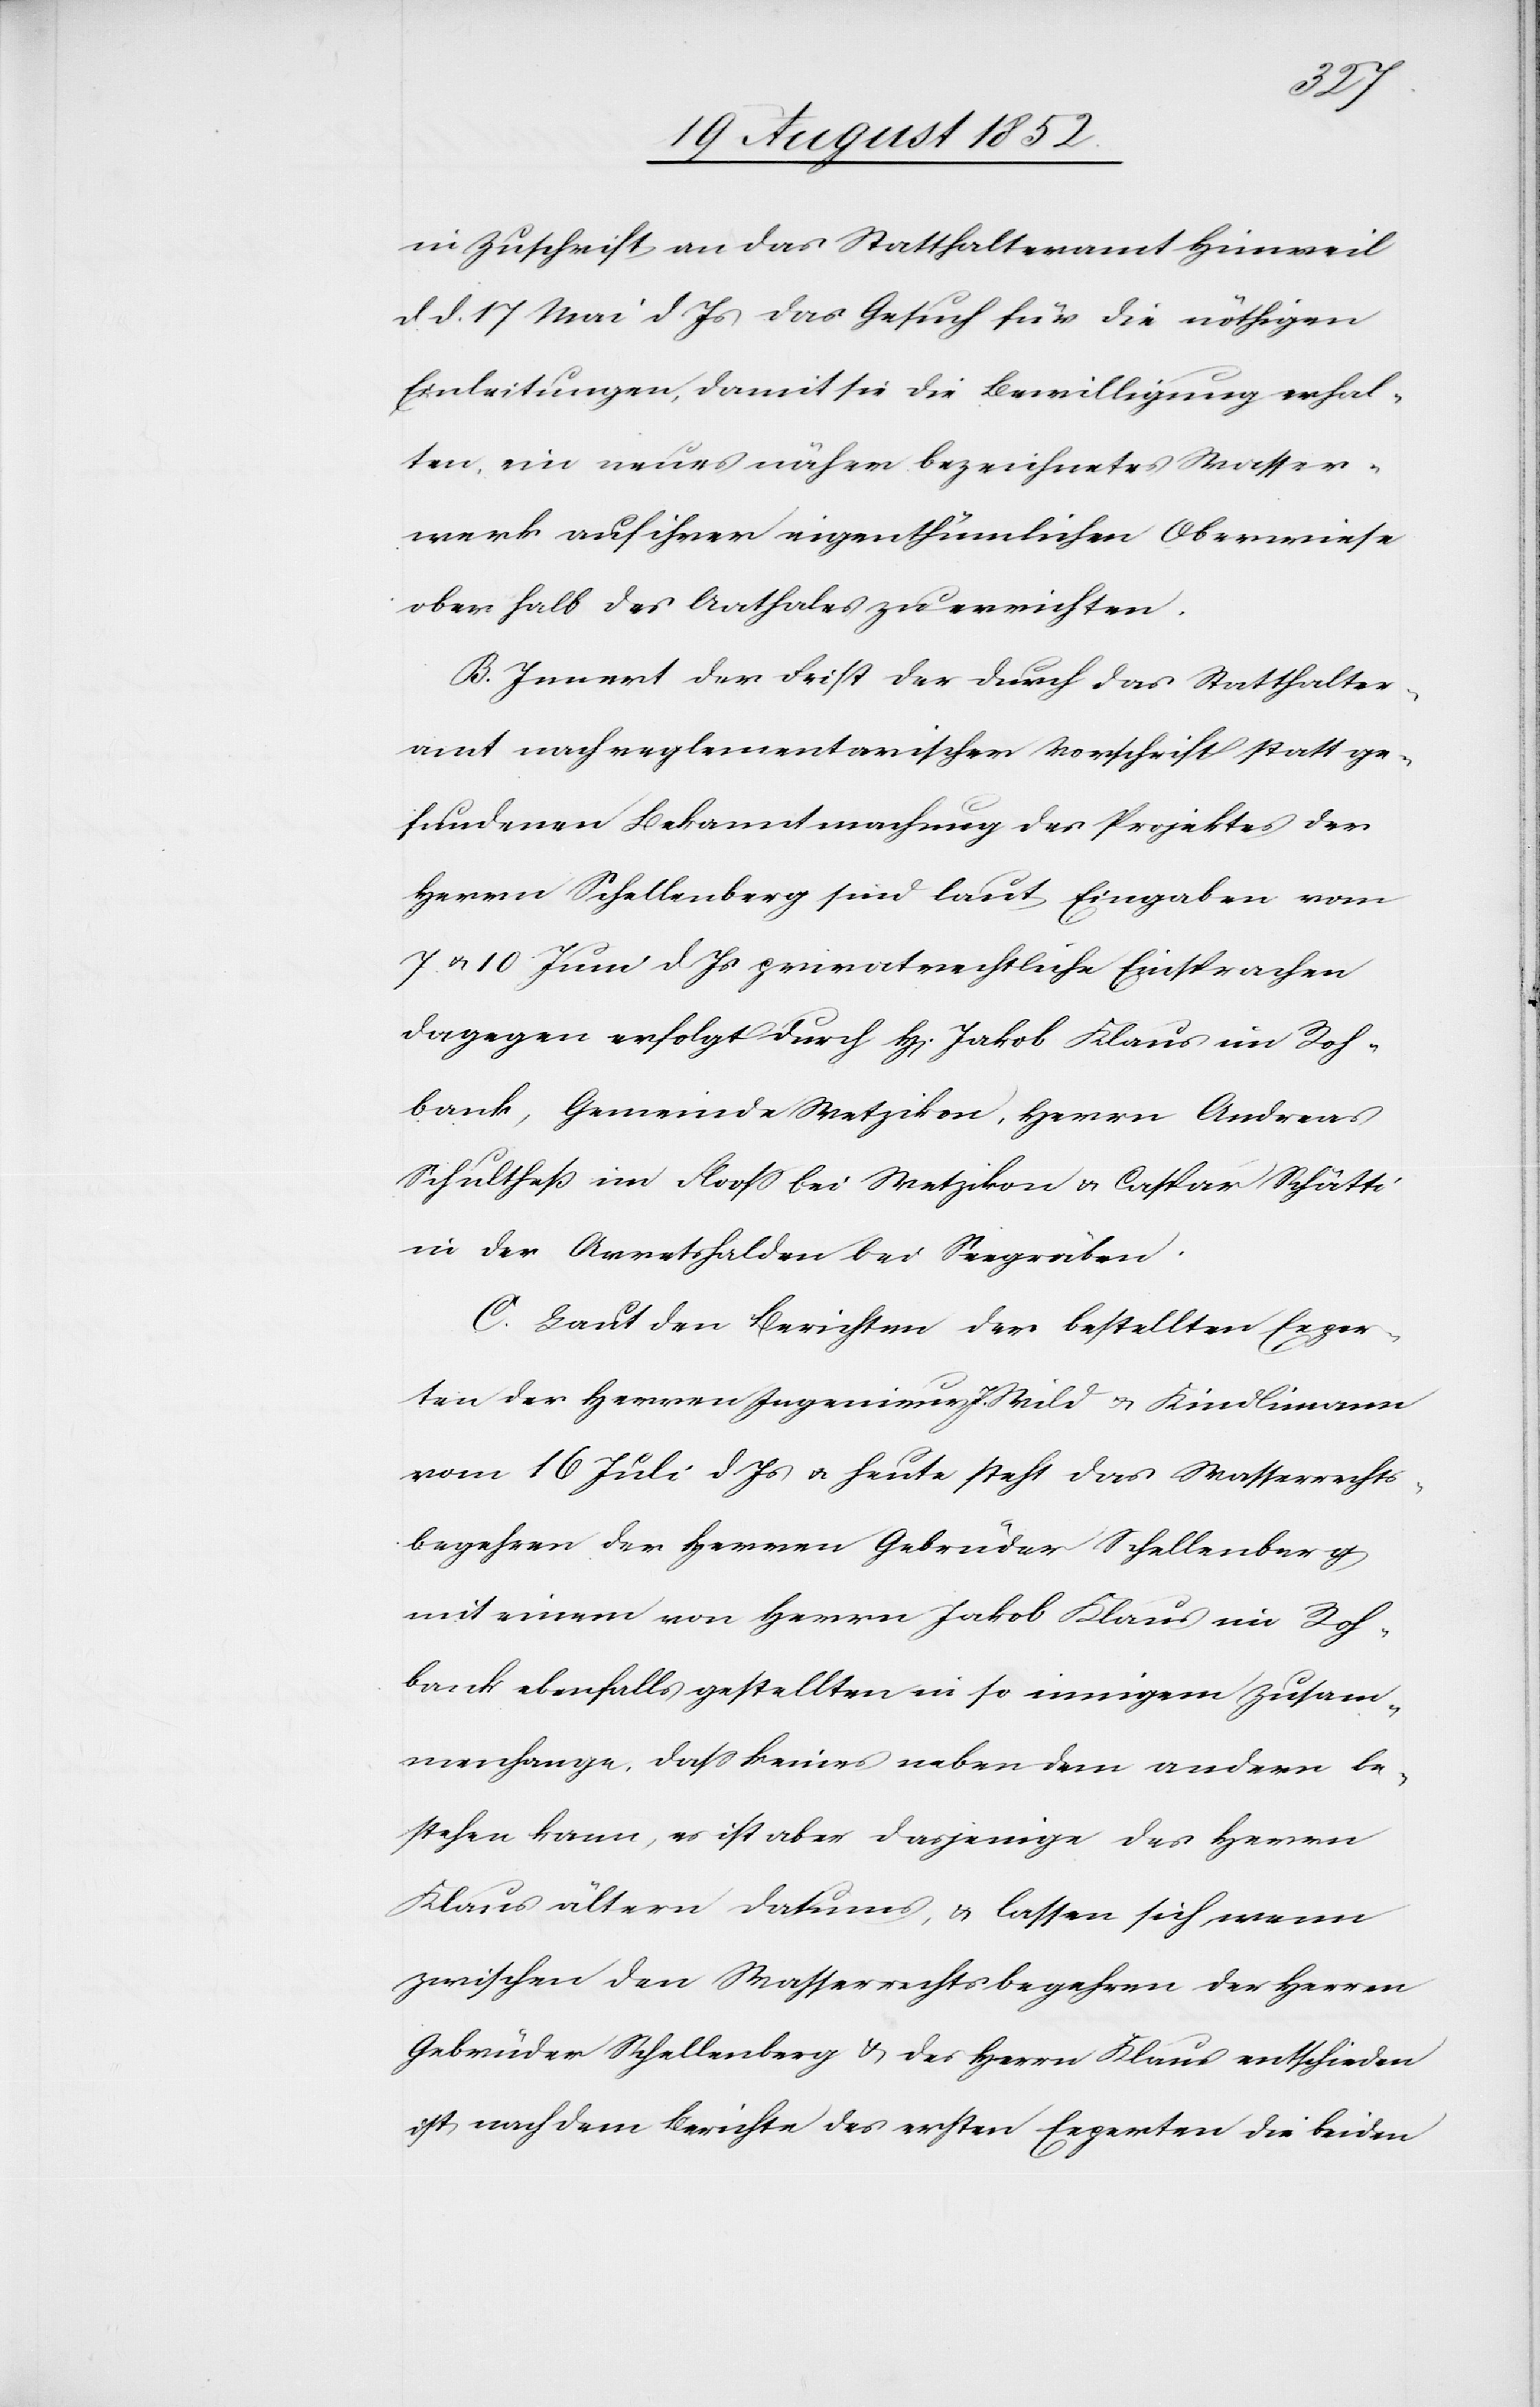
in Zuschrift an das Statthalteramt Hinweil
d d. 17 Mai d Js das Gesuch für die nöthigen
Einleitungen, damit sie die Bewilligung erhal¬
ten, ein neues näher bezeichnetes Wasser¬
werk auf ihrer eigenthümlichen Oberwiese
ober[-]halb des Aathales zu errichten.
B. Innert der Frist der durch das Statthalter¬
amt nach reglementarischer Vorschrift statt ge¬
fundenen Bekanntmachung des Projektes der
Herrn Schellenberg sind laut Eingaben vom
7. & 10 Juni d Js privatrechtliche Einsprachen
dagegen erfolgt durch H[errn] Jakob Klaus im Roh¬
bank, Gemeinde Wetzikon, Herrn Andreas
Schultheß im Flooss bei Wetzikon & Caspar Schätti
in der Arretshalden bei Seegräben.
C. Laut den Berichten der bestellten Exper¬
ten der Herren Ingenieur[e] J. Wild & Kindlimann
vom 16 Juli d. Js & heute steht das Wasserechts¬
begehren der Herren Gebrüder Schellenberg
mit einem von Herrn Jakob Klaus im Roh¬
bank ebenfalls gestellten in so innigem Zusam¬
menhange, dass keines neben dem andern be¬
stehen kann, es ist aber dasjenige des Herrn
Klaus ältern Datums, & lassen sich wenn
zwischen den Wasserrechtsbegehren der Herren
Gebrüder Schellenberg & des Herrn Klaus entschieden
ist nach dem Berichte des ersten Experten die beiden